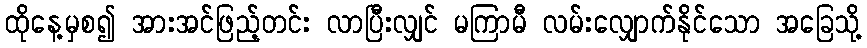
ထိုနေ့မှစ၍ အားအင်ဖြည့်တင်း လာပြီးလျှင် မကြာမီ လမ်းလျှောက်နိုင်သော အခြေသို့